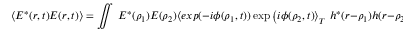
\langle E ^ { * } ( r , t ) E ( r , t ) \rangle = \iint \ E ^ { * } ( \rho _ { 1 } ) E ( \rho _ { 2 } ) \langle e x p ( - i \phi ( \rho _ { 1 } , t ) ) \exp \left( i \phi ( \rho _ { 2 } , t ) \right\rangle _ { T } \ h ^ { * } ( r - \rho _ { 1 } ) h ( r - \rho _ { 2 } ) d \rho _ { 1 } d \rho _ { 2 }